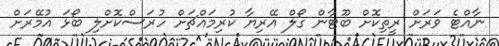
ނާއްޓެ ވަރަށް ރީތިކޮށް ބޫޓާން ގޯލް އޭރިޔާ ކުރިމައްޗަށް ހުރަސްކޮށްލި ބޯޅަ އުމޭރަށް